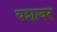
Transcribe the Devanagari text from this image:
यशावर